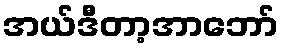
အယ်ဒီတာ့အာဘော်